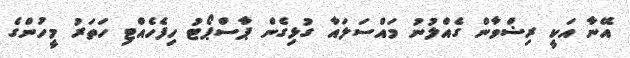
އޭނާ އަކީ ރިޟްވާން ގެއްލުނު މައްސަލައާ ގުޅިގެން ޕާސްޕޯޓު ހިފެހެއްޓި ހަތަރު މީހުންގެ